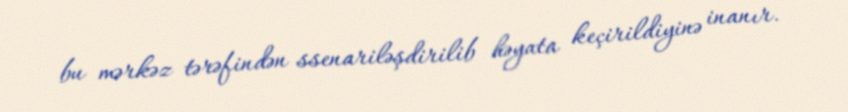
bu mərkəz tərəfindən ssenariləşdirilib həyata keçirildiyinə inanır.